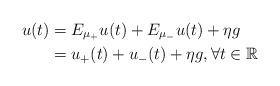
LaTeX: \begin{align*}u(t)&=E_{\mu_+}u(t)+E_{\mu_-}u(t)+\eta g\\&=u_+(t)+u_-(t)+\eta g,\forall t\in \mathbb{R}\end{align*}